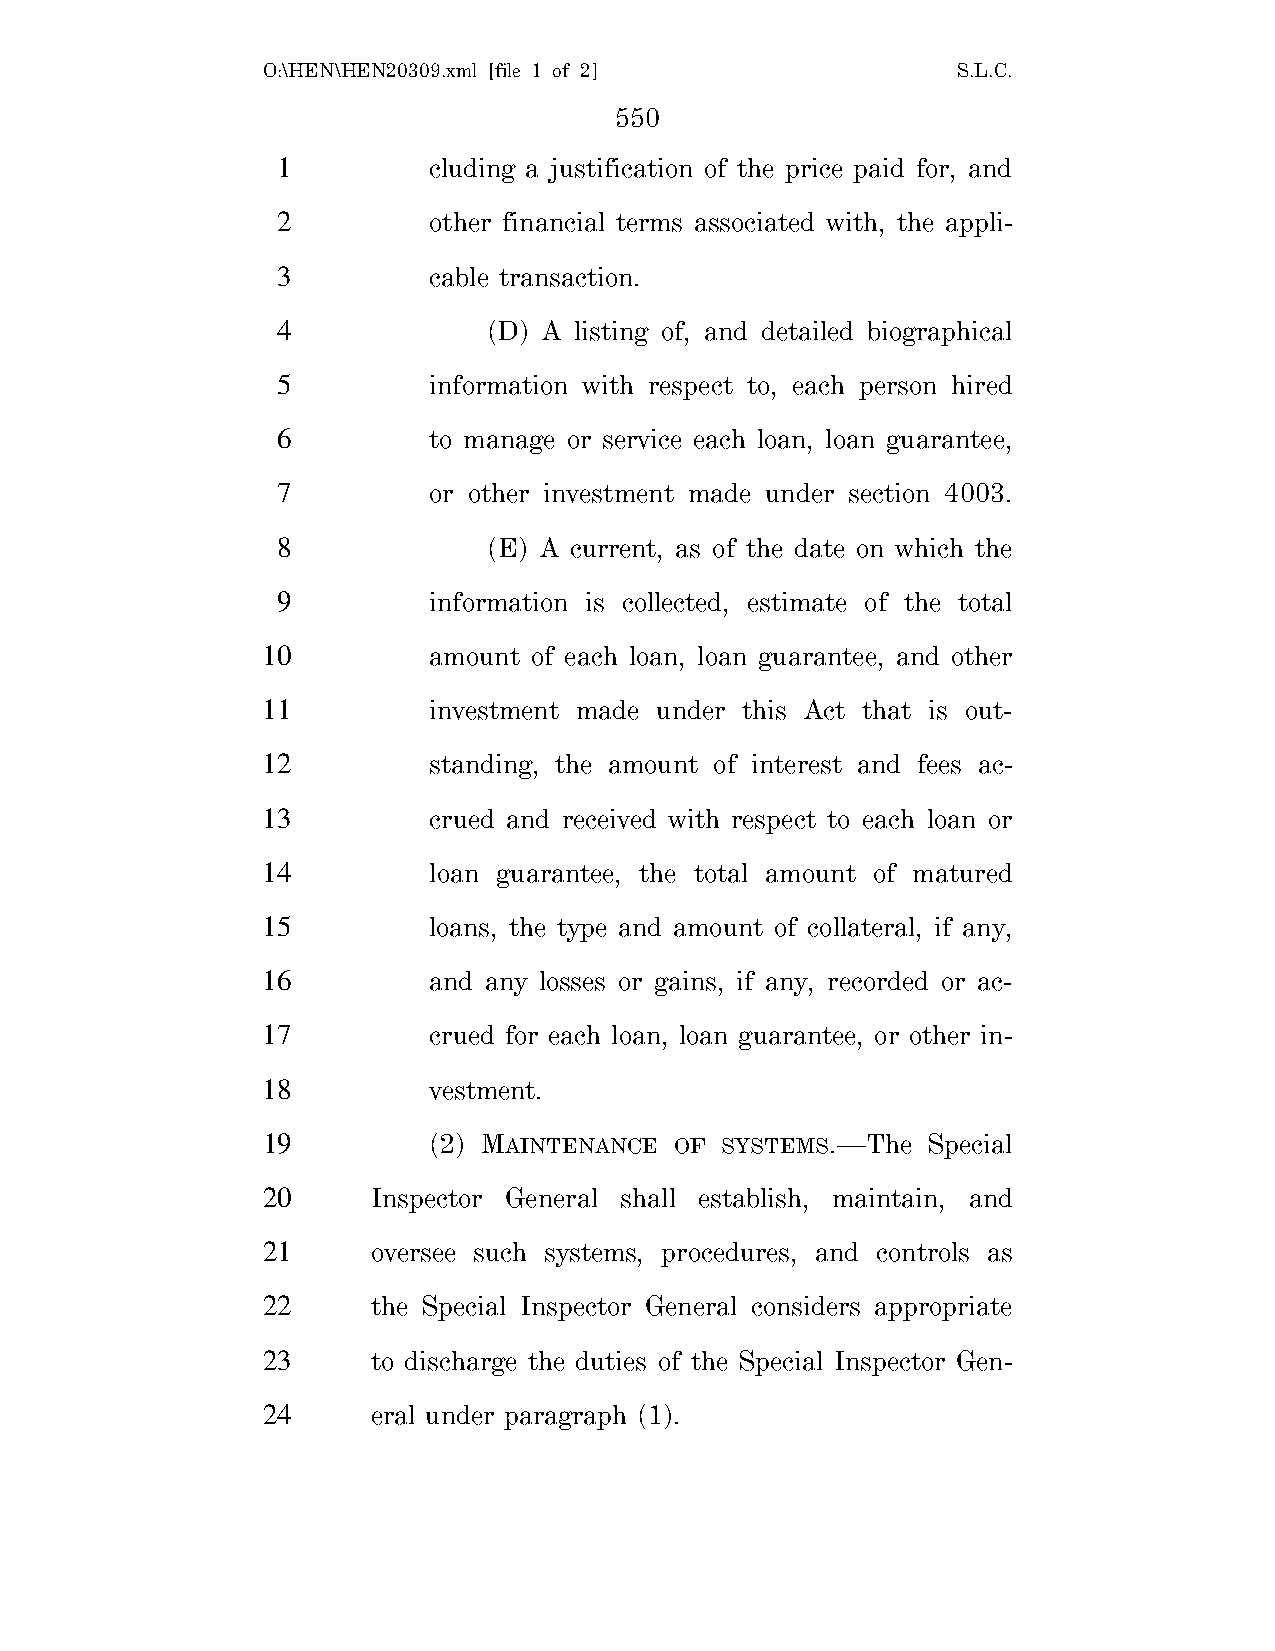
O:\HEN\HEN20309.xml [file 1 of 2]             S.L.C.
 550
 1         cluding a justification of the price paid for, and
 2         other financial terms associated with, the appli-
 3         cable transaction.
 4             (D) A listing of, and detailed biographical
 5         information with respect to, each person hired
 6         to manage or service each loan, loan guarantee,
 7         or other investment made under section 4003.
 8             (E) A current, as of the date on which the
 9         information is collected, estimate of the total
 10         amount of each loan, loan guarantee, and other
 11         investment made under this Act that is out-
 12         standing, the amount of interest and fees ac-
 13         crued and received with respect to each loan or
 14         loan guarantee, the total amount of matured
 15         loans, the type and amount of collateral, if any,
 16         and any losses or gains, if any, recorded or ac-
 17         crued for each loan, loan guarantee, or other in-
 18         vestment.
 19         (2) MAINTENANCE  OF SYSTEMS.—The Special
 20      Inspector General shall establish, maintain, and
 21      oversee such systems, procedures, and controls as
 22      the Special Inspector General considers appropriate
 23      to discharge the duties of the Special Inspector Gen-
 24      eral under paragraph (1).